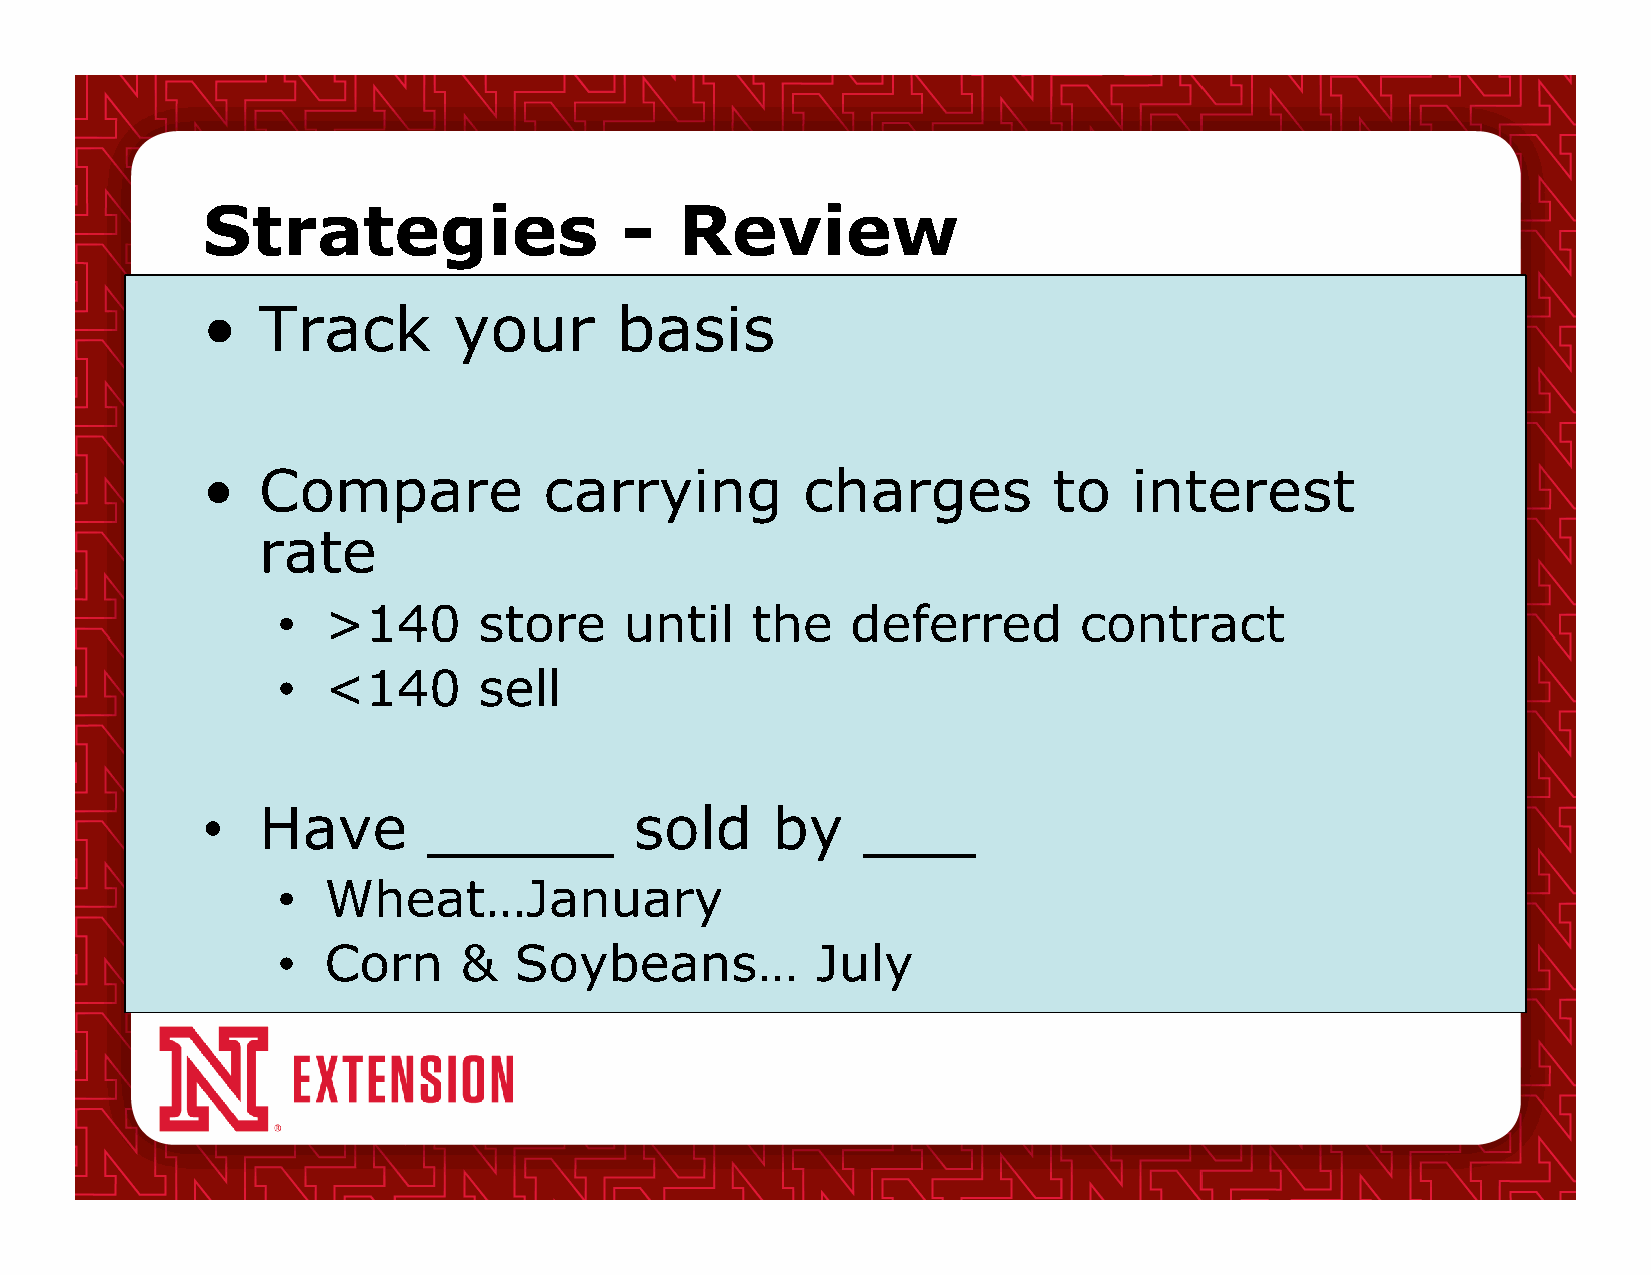
Strategies                  -   Review
 •   Track        your       basis
 •   Compare            carrying         charges          to   interest
 rate
 •  >140       store    until    the   deferred       contract
 •  <140       sell
 •   Have       _____         sold     by    ___
 •  Wheat…January
 •  Corn     &   Soybeans…           July